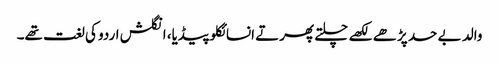
والد بے حد پڑھے لکھے چلتے پھرتے انسائکلوپیڈیا، انگلش اردو کی لغت تھے۔